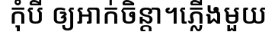
កុំបី ឲ្យអាក់ចិន្តា។ភ្លើងមួយ